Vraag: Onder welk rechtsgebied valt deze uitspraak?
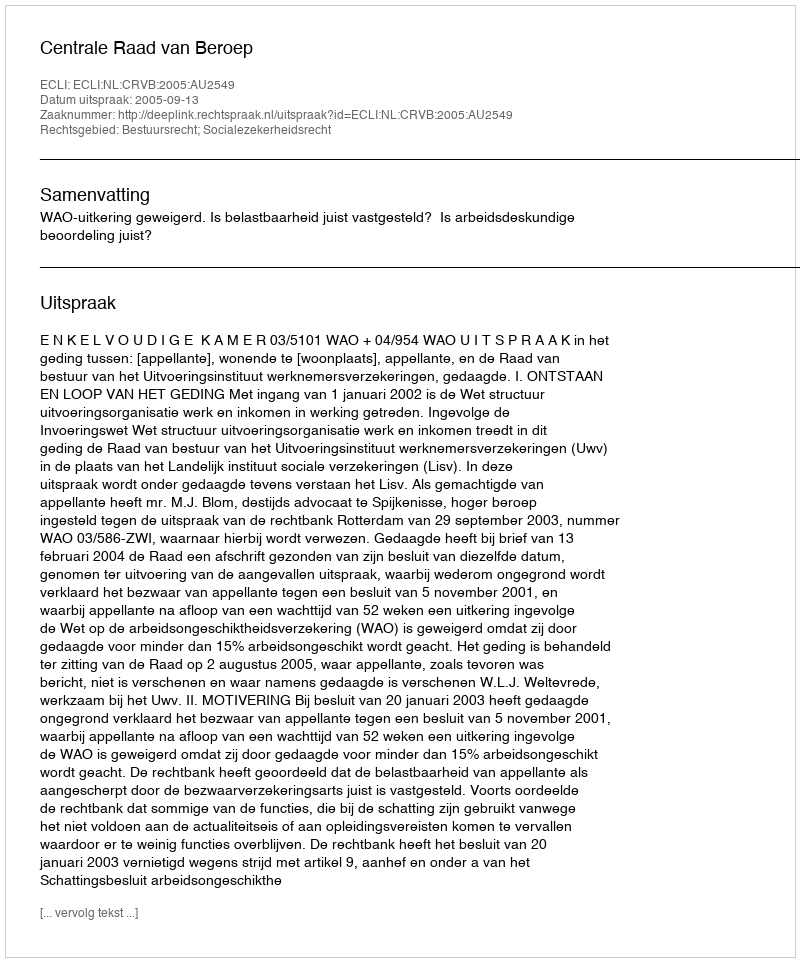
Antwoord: Bestuursrecht; Socialezekerheidsrecht